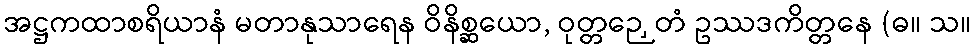
အဋ္ဌကထာစရိယာနံ မတာနုသာရေန ဝိနိစ္ဆယော, ဝုတ္တဉှေတံ ဥဿဒကိတ္တနေ (ဓ။ သ။